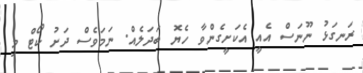
ރަނގަޅު ނޫނަސް އެއީ އެކަށީގެންވާ ހެޔޮ ބަދަލެއް. ނަމަވެސް ދަށު ކޯޓް މި